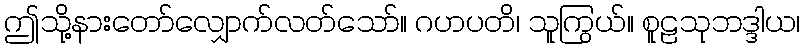
ဤသို့နားတော်လျှောက်လတ်သော်။ ဂဟပတိ၊ သူကြွယ်။ စူဠသုဘဒ္ဒါယ၊